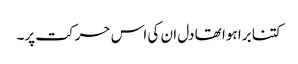
کتنا برا ہوا تھا دل ان کی اس حرکت پر۔